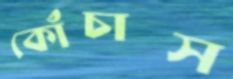
কোঁচাস